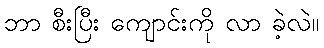
ဘာ စီးပြီး ကျောင်းကို လာ ခဲ့လဲ။